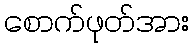
စောက်ဖုတ်အား